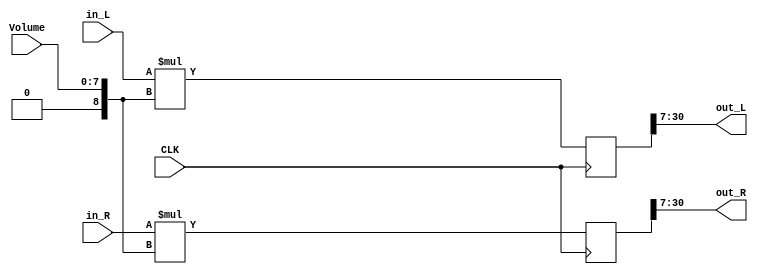
module AUDIOVOLUME #
	(
	parameter BIT=24,
	parameter VOL_BIT=8
	)(
		CLK,
		in_L,
		in_R,
		out_L,
		out_R,
		Volume
	);

	input signed [BIT-1:0] in_L, in_R;
	input [VOL_BIT-1:0] Volume;
	input CLK;
	output signed [BIT-1:0] out_L, out_R;

	wire signed [BIT-1:0] out_L, out_R;

	reg signed [BIT+VOL_BIT-1:0] temp_L, temp_R;
	assign out_L = temp_L[BIT+VOL_BIT-1:VOL_BIT-1];
	assign out_R = temp_R[BIT+VOL_BIT-1:VOL_BIT-1];

	always @(posedge CLK) begin
		temp_L <= ($signed({{VOL_BIT{in_L[BIT-1]}},in_L}) * $signed({1'b0,Volume}));
		temp_R <= ($signed({{VOL_BIT{in_R[BIT-1]}},in_R}) * $signed({1'b0,Volume}));
	end

endmodule